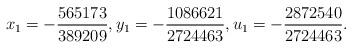
LaTeX: \begin{align*}x_1=-\frac{565173}{389209},y_1=-\frac{1086621}{2724463},u_1=-\frac{2872540}{2724463}.\end{align*}